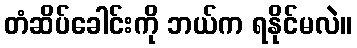
တံဆိပ်ခေါင်းကို ဘယ်က ရနိုင်မလဲ။